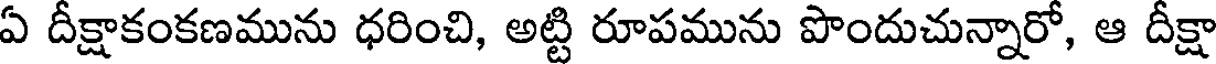
ఏ దీక్షాకంకణమును ధరించి, అట్టి రూపమును పొందుచున్నారో, ఆ దీక్షా